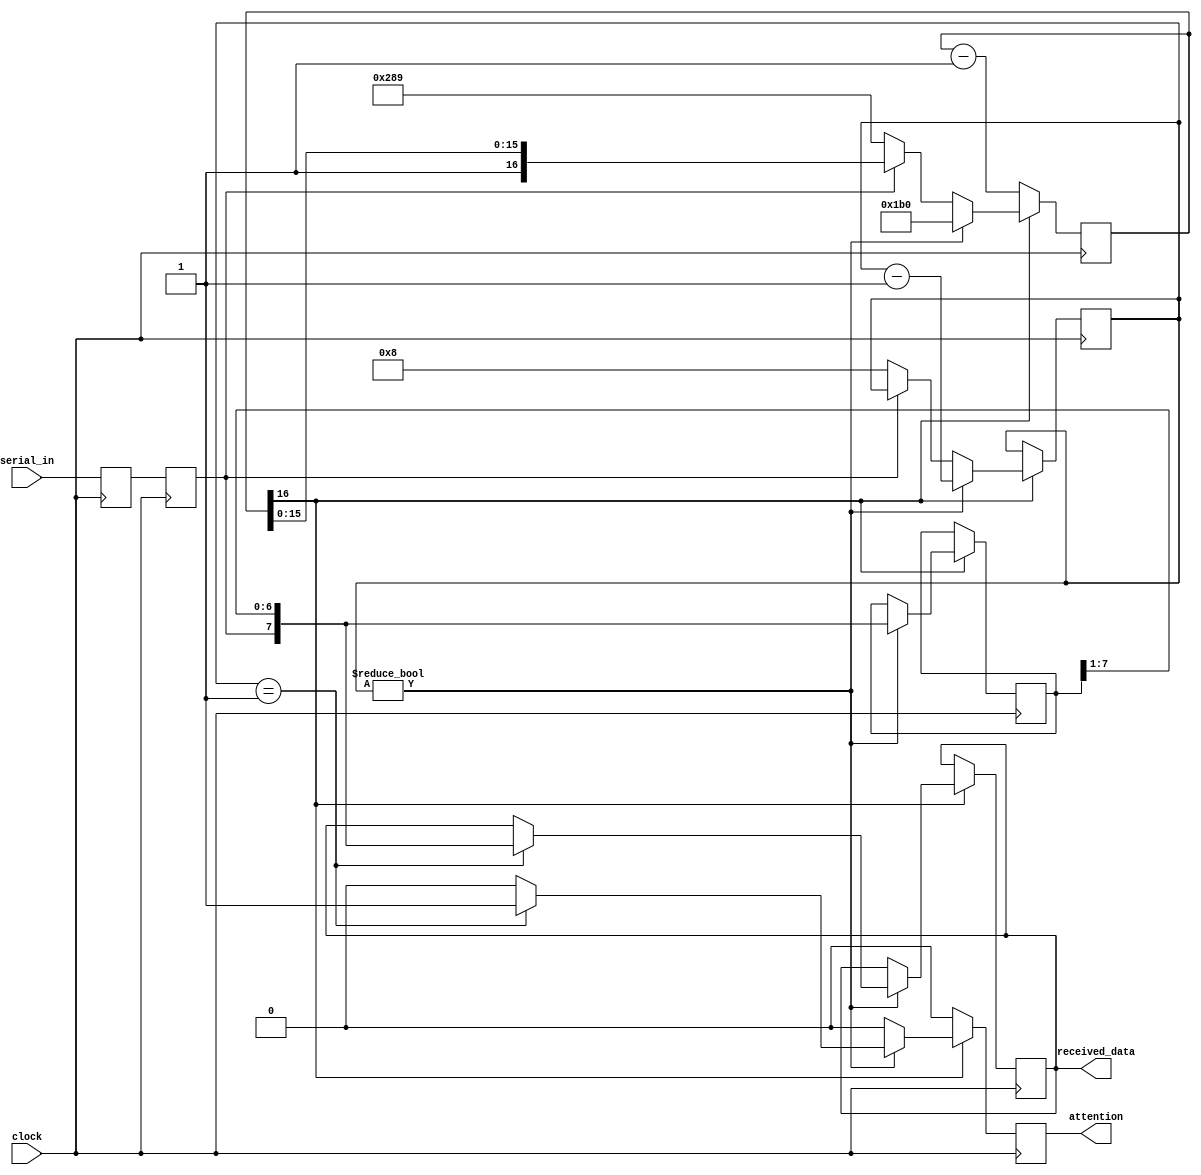
module rs232in
   (// Control
    input  wire        clock,
    // Serial line
    input  wire        serial_in,
    output reg         attention = 0,
    output reg   [7:0] received_data = 0);
   parameter           bps        =     57_600;
   parameter           frequency  = 25_000_000;
   parameter           period     = (frequency + bps/2) / bps;
   reg  [16:0] ttyclk       = 0;
   wire [31:0] ttyclk_bit   = period - 2;
   wire [31:0] ttyclk_start = (3 * period) / 2 - 2;
   reg  [ 7:0] shift_in     = 0;
   reg  [ 4:0] count        = 0;
   reg         rxd          = 0;
   reg         rxd2         = 0;
   /*
    */
   always @(posedge clock) begin
      attention <= 0;
      // Get rid of meta stability.
      {rxd2,rxd} <= {rxd,serial_in};
      if (~ttyclk[16]) begin
         ttyclk <= ttyclk - 1'd1;
      end else if (count) begin
         if (count == 1) begin
            received_data <= {rxd2, shift_in[7:1]};
            attention     <= 1;
         end
         count       <= count - 1'd1;
         shift_in    <= {rxd2, shift_in[7:1]}; // Shift in from the left
         ttyclk      <= ttyclk_bit[16:0];
      end else if (~rxd2) begin
         // Just saw the negedge of the start bit
         ttyclk      <= ttyclk_start[16:0];
         count       <= 8;
      end
   end
endmodule